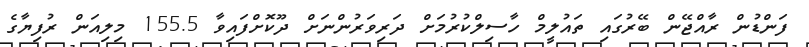
ފަންޑުން ރާއްޖޭން ބޭރުގައި ތައުލީމް ހާސިލްކުރުމަށް ދަރިވަރުންނަށް ދޫކޮށްފައިވާ 155.5 މިލިއަން ރުފިޔާގެ